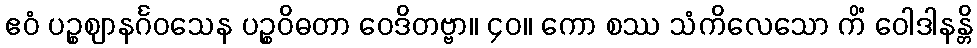
ဧဝံ ပဉ္စဈာနင်္ဂဝသေန ပဉ္စဝိဓတာ ဝေဒိတဗ္ဗာ။ ၄၀။ ကော စဿ သံကိလေသော ကိံ ဝေါဒါနန္တိ